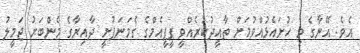
އެވެ. އޭނާގެ މި ހުށައެޅުއްވުމަށް ތާއީދުކުރެއްވީ ޕީޕީއެމްގެ ގެމަނަފުށީ ދާއިރާގެ މެންބަރު ޖަމީލު